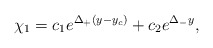
\begin{align*}~\chi_1 = c_1 e^{\Delta_+ (y-y_c)} + c_2 e^{\Delta_- y},\end{align*}